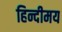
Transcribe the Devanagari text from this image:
हिन्दीमय